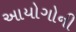
આયોગોની